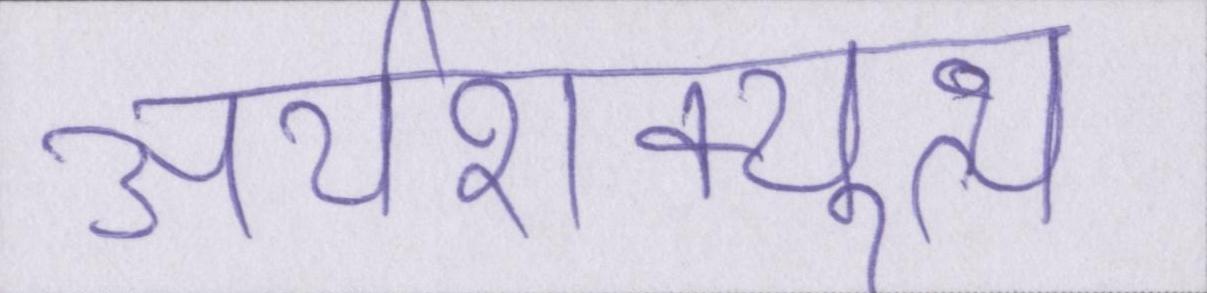
अर्थशक्त्युत्थ